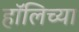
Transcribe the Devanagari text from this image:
हॉलिच्या